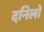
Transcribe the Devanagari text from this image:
दनिलो